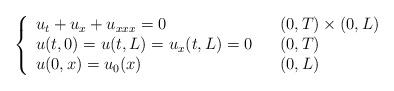
\begin{align*}\left\{\begin{array}[c]{lll}u_{t}+u_{x}+u_{xxx}=0 & & ( 0,T) \times(0,L) \\u( t,0) =u( t,L) =u_{x}( t,L) =0 & &( 0,T) \\u( 0,x) =u_{0}( x) & & (0,L) \end{array}\right. \end{align*}